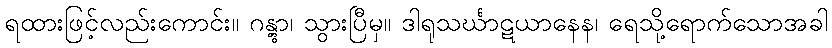
ရထားဖြင့်လည်းကောင်း။ ဂန္တွာ၊ သွားပြီမှ။ ဒါရုသင်္ဃာဋယာနေန၊ ရေသို့ရောက်သောအခါ